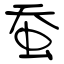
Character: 蚕